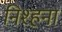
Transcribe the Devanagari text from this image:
निश्हना